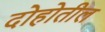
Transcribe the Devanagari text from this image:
दोहोतील